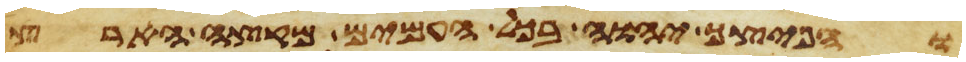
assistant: והפיצך יהוה בכל העמים מקצה הארץ